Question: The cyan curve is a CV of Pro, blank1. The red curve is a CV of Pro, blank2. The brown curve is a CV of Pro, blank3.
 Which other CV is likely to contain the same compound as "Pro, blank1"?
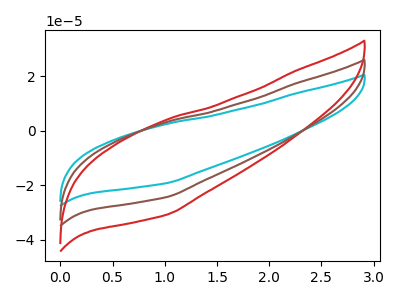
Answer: <think>The cyan curve "Pro, blank1" has no peaks. The red curve "Pro, blank2" has no peaks. The brown curve "Pro, blank3" has no peaks.
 Neither "Pro, blank1" or "Pro, blank2" have any peaks. Neither "Pro, blank1" or "Pro, blank3" have any peaks. Neither "Pro, blank2" or "Pro, blank3" have any peaks.</think>
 <answer>"Pro, blank1" and "Pro, blank3" have a similar shape to "Pro, blank2".</answer>
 <eval>"Pro, blank1" "Pro, blank3"</eval>